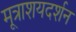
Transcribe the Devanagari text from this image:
मूत्राशयदर्शन